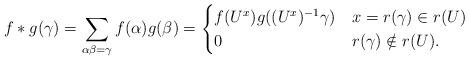
LaTeX: \begin{align*}f*g(\gamma)=\sum_{\alpha\beta=\gamma}f(\alpha)g(\beta)=\begin{cases}f(U^x)g((U^x)^{-1}\gamma)& x=r(\gamma)\in r(U)\\0& r(\gamma)\notin r(U).\\\end{cases}\end{align*}